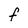
Character: f